Report on sanitation, dispensaries, and jails in Rajputana for 1917, and on vaccination for the year 1917-1918 - 1917-1918
Year: 1917
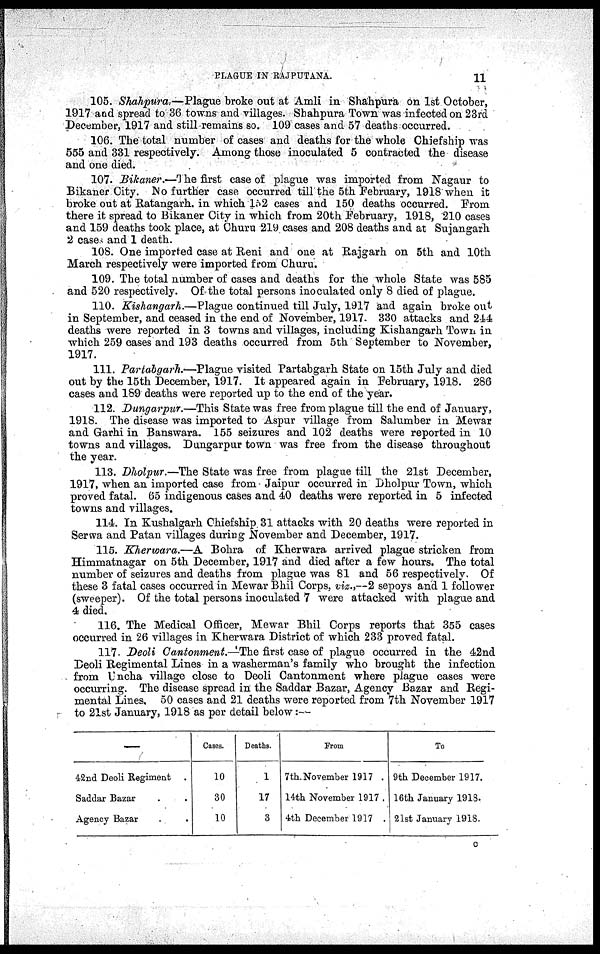
PLAGUE IN RAJPUTANA.
11
105. Shahpura.—Plague broke out at Amli in Shahpura on 1st October,
1917 and spread to 36 towns and villages. Shahpura Town was infected on 23rd
December, 1917 and still remains so. 109 cases and 57 deaths occurred.
106. The total number of cases and deaths for the whole Chiefship was
555 and 331 respectively. Among those inoculated 5 contracted the disease
and one died.
107. Bikaner.—The first case of plague was imported from Nagaur to
Bikaner City. No further case occurred till the 5th February, 1918 when it
broke out at Ratangarh, in which 152 cases and 150 deaths occurred. From
there it spread to Bikaner City in which from 20th February, 1918, 210 cases
and 159 deaths took place, at Churu 219 cases and 208 deaths and at Sujangarh
2 cases and 1 death.
108. One imported case at Reni and one at Rajgarh on 5th and 10th
March respectively were imported from Churu.
109. The total number of cases and deaths for the whole State was 585
and 520 respectively. Of the total persons inoculated only 8 died of plague.
110. Kishangarh.—Plague continued till July, 1917 and again broke out
in September, and ceased in the end of November, 1917. 330 attacks and 244
deaths were reported in 3 towns and villages, including Kishangarh Town in
which 259 cases and 193 deaths occurred from 5th September to November,
1917.
111. Partabgarh.—Plague visited Partabgarh State on 15th July and died
out by the 15th December, 1917. It appeared again in February, 1918. 286
cases and 189 deaths were reported up to the end of the year.
112. Dungarpur.—This State was free from plague till the end of January,
1918. The disease was imported to Aspur village from Salumber in Mewar
and Garhi in Banswara. 155 seizures and 102 deaths were reported in 10
towns and villages. Dungarpur town was free from the disease throughout
the year.
113. Dholpur.—The State was free from plague till the 21st December,
1917, when an imported case from Jaipur occurred in Dholpur Town, which
proved fatal. 65 indigenous cases and 40 deaths were reported in 5 infected
towns and villages.
114. In Kushalgarh Chiefship 31 attacks with 20 deaths were reported in
Serwa and Patan villages during November and December, 1917.
115. Kherwara.—A Bohra of Kherwara arrived plague stricken from
Himmatnagar on 5th December, 1917 and died after a few hours. The total
number of seizures and deaths from plague was 81 and 56 respectively. Of
these 3 fatal cases occurred in Mewar Bhil Corps, viz.)—2 sepoys and 1 follower
(sweeper). Of the total persons inoculated 7 were attacked with plague and
4 died.
116. The Medical Officer, Mewar Bhil Corps reports that 355 cases
occurred in 26 villages in Kherwara District of which 233 proved fatal.
117. Deoli Cantonment.—The first case of plague occurred in the 42nd
Deoli Regimental Lines in a washerman's family who brought the infection
from Uncha village close to Deoli Cantonment where plague cases were
occurring. The disease spread in the Saddar Bazar, Agency Bazar and Regi-
mental Lines, 50 cases and 21 deaths were reported from 7th November 1917
to 21st January, 1918 as per detail below:—
—
42nd Deoli Regiment .
Saddar Bazar . .
Agency Bazar . .
Cases.
10
30
10
Deaths.
1
17
3
From
7th November 1917 .
14th November 1917 .
4th December 1917 .
To
9th December 1917.
16th January 1918.
21st January 1918.
O